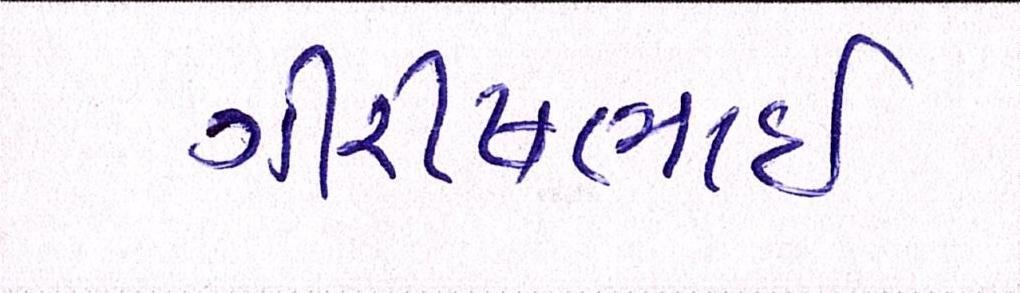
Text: ગીરીષભાઈ